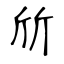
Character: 斦